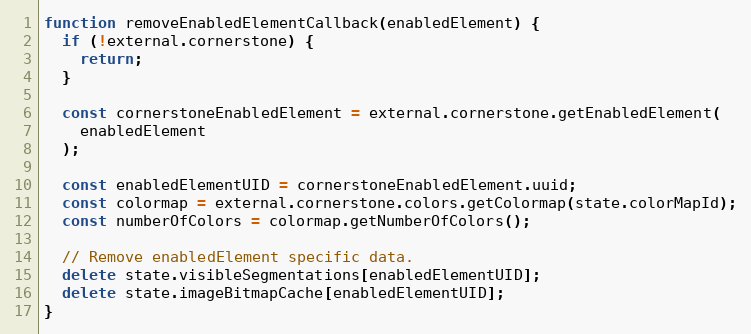
Language: JavaScript
function removeEnabledElementCallback(enabledElement) {
  if (!external.cornerstone) {
    return;
  }

  const cornerstoneEnabledElement = external.cornerstone.getEnabledElement(
    enabledElement
  );

  const enabledElementUID = cornerstoneEnabledElement.uuid;
  const colormap = external.cornerstone.colors.getColormap(state.colorMapId);
  const numberOfColors = colormap.getNumberOfColors();

  // Remove enabledElement specific data.
  delete state.visibleSegmentations[enabledElementUID];
  delete state.imageBitmapCache[enabledElementUID];
}